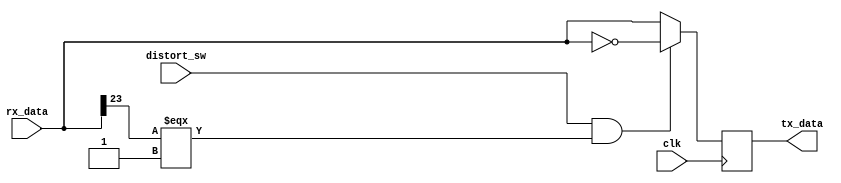
`timescale 1ns / 1ps
//////////////////////////////////////////////////////////////////////////////////
// Company: PSU
// 
// Design Name: 
// Module Name: distortion
// Project Name: 
// Target Devices: 
// Tool Versions: 
// Description: Very simple distortion effect.
//              Based on work by Geoff Wallace
// 
// Dependencies: 
// 
// Revision:
// Revision 0.01 - File Created
// Additional Comments:
// 
//////////////////////////////////////////////////////////////////////////////////


module distortion#(
    parameter DATA_WIDTH = 24
) (
    input wire clk,
    input wire distort_sw,
    input  wire [DATA_WIDTH-1:0] rx_data,
    output reg [DATA_WIDTH-1:0] tx_data
);

    always@(posedge clk) begin
        if (distort_sw && rx_data[DATA_WIDTH-1] === 1'b1)
            tx_data <= ~rx_data;
        else
            tx_data <= rx_data;
    end
endmodule